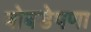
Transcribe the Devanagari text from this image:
बोबडेपणा